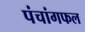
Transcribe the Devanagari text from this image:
पंचांगफल